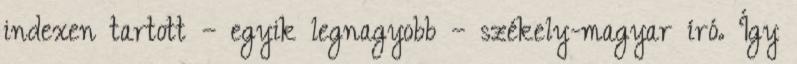
indexen tartott – egyik legnagyobb – székely-magyar író. Így